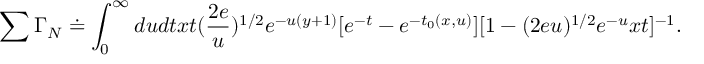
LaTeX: \sum \Gamma _ { N } \doteq \int _ { 0 } ^ { \infty } d u d t x t ( \frac { 2 e } { u } ) ^ { 1 / 2 } e ^ { - u ( y + 1 ) } [ e ^ { - t } - e ^ { - t _ { 0 } ( x , u ) } ] [ 1 - ( 2 e u ) ^ { 1 / 2 } e ^ { - u } x t ] ^ { - 1 } .